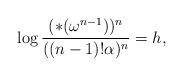
LaTeX: \begin{align*} \log \frac{ (*(\omega^{n-1}))^n}{((n-1)!\alpha)^n} = h,\end{align*}